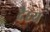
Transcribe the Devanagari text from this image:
दैध्र्य